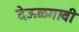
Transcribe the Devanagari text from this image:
देऊळगावी